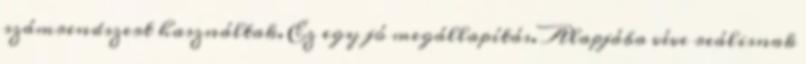
számrendszert használtak. Ez egy jó megállapítás. Alapjába véve reálisnak